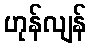
ဟုန်လျန်